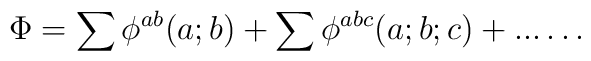
\Phi = \sum \phi^{ab} ( a; b ) +   \sum \phi^{abc} ( a; b; c ) + ...\ldots